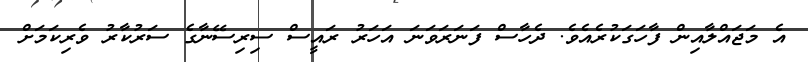
އެ މަޖައްލާއިން ފާހަގަކުރެއެވެ. ދެހާސް ފަނަރަވަނަ އަހަރު ރައީސް ސިރިސޭނާގެ ސަރުކާރު ވެރިކަމަށް